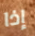
إذا